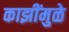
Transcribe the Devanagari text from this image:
काझींमुळे